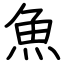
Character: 魚